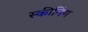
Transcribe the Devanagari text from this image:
स्कीनिंग